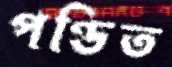
পণ্ডিত